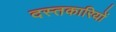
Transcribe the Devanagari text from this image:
दस्तकारियों